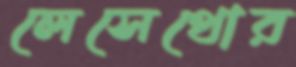
লেসেথোর